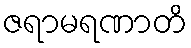
ဇရာမရဏာတိ